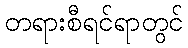
တရားစီရင်ရာတွင်